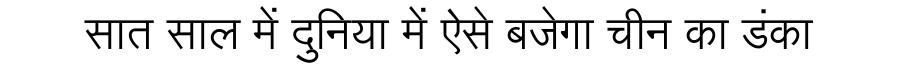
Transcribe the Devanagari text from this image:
सात साल में दुनिया में ऐसे बजेगा चीन का डंका